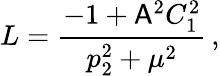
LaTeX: L=\frac{-1+\mathsf{A}^{2}C_{1}^{2}}{p_{2}^{2}+\mu^{2}}\, ,